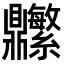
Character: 𬹬